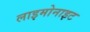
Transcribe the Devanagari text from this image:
लाइमोनाइट